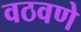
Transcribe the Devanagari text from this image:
वठवणे